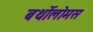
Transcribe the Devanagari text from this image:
बर्थोलोमस